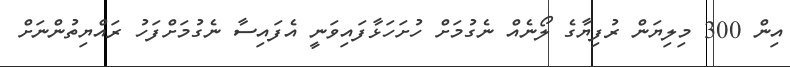
އިން 300 މިލިޔަން ރުފިޔާގެ ލޯނެއް ނެގުމަށް ހުށަހަޅާފައިވަނީ އެފައިސާ ނެގުމަށްފަހު ރައްޔިތުންނަށް